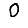
Digit: 0